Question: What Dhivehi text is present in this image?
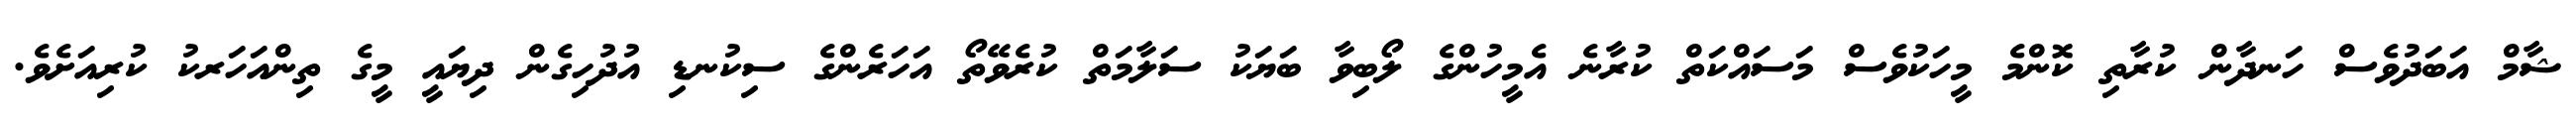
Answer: ޝާމް އަބަދުވެސް ހަނދާން ކުރާތި ކޮންމެ މީހަކުވެސް މަސައްކަތް ކުރާނެ އެމީހުންގެ ލޯބިވާ ބަޔަކު ސަލާމަތް ކުރެވޭތޯ އަހަރެންގެ ސިކުނޑި އުދުހިގެން ދިޔައީ މީގެ ތިންއަހަރކު ކުރިއަށެވެ.